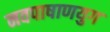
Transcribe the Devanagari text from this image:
नवपाषाणयुग